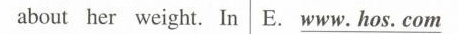
about her weight.E.\underline{www. hos. com}